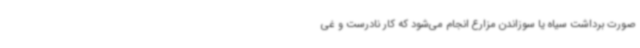
صورت برداشت سیاه یا سوزاندن مزارع انجام می‌شود که کار نادرست و غی